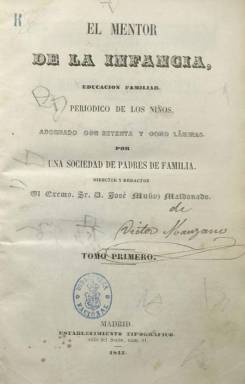
Título: El Mentor de la infancia
Colección: Revistas infantiles
Ámbito geográfico: Madrid
Lugar de publicación: Madrid
Fechas: 01/01/1843-31/12/1845

Revista infantil, que estuvo publicándose cada domingo desde el cuatro de junio de 1843 hasta finales de 1845. Dirigida y redactada por el que sería prolífico escritor, periodista y político José Muñoz Maldonado (1807-1875), conde de Fabraquer. Lleva el doble subtítulo de “educación familiar” y “periódico de los niños”, y en la portada de cada uno de los cinco tomos que integran su colección señala que estaba patrocinada por “una sociedad de padres de familia”. Sus entregas, en un formato en cuarto holandesa, son de dieciséis páginas, compuestas a una columna y foliación continuada en cada tomo, que, al final, incluyen índices de las materias contenidas. Resalta en sus aspectos editoriales la inserción de numerosas láminas o grabados, que en alguno de sus tomos supera los ochenta, obra de dibujantes madrileños, entre los que se puede citar a Eusebio Zarza (Mercedes Chivelet: 2009).

Sus contenidos son narraciones de historia sagrada, biografías de personajes y relatos históricos, textos divulgativos de historia natural y de viajes, así como narraciones, cuentos, fábulas (las más de las veces versificadas), anécdotas, máximas morales o composiciones poéticas y dramáticas. Tiene secciones bajo epígrafes como Cuadro de la historia sagrada, Cuadro de la historia de España, Rasgos de los niños célebres, Historia natural, Juegos de los niños, en donde se recopilan los más populares, o la serie Tribulaciones y desgracias de un ignorante.

Muchos de los textos llevan la rúbrica con la inicial M, que debe corresponder a Muñoz Maldonado, como su principal redactor, además de propietario de la revista. Otros textos serán firmados por su hijo, José Muñoz Gaviria (1831-1906). Chivelet (2009) también cita como colaborador de la revista a un entonces joven Manuel María de Santa Ana (1820-1894), que en alguna referencia bibliográfica se le atribuye la fundación de la revista. Asímismo, aparecen algunos textos bajo la firma de J. Manuel Tenorio, las iniciales T. y S.D. o simplemente A o T. Salió del Establecimiento Tipográfico de la calle del Sordo.

Muñoz Maldonado señala en una nota al comienzo del segundo tomo de la colección que su fin era llenar “una inmensa laguna en la educación familiar de la infancia” a través de una revista dirigida a lectores entre los seis y catorce años, que ya llegaba a dos mil familias suscriptoras. Para ello dice hablar en sus páginas “de la virtud, de la moral santa, de la religión, de la patria, del honor, de la felicidad”, para conseguir una “educación fuerte, una enseñanza útil, religiosa”.